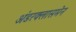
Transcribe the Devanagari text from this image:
अंडरक्लासमेन